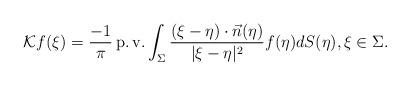
LaTeX: \begin{align*}\mathcal{K}f(\xi)=\frac {-1}{\pi} \operatorname{p.v.} \int_\Sigma \frac {(\xi-\eta)\cdot \vec n(\eta)}{|\xi-\eta|^2} f(\eta)dS(\eta), \xi\in \Sigma.\end{align*}